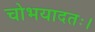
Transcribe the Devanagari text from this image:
चोभयादतः।